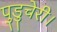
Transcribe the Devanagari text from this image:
पुडुचेरी।